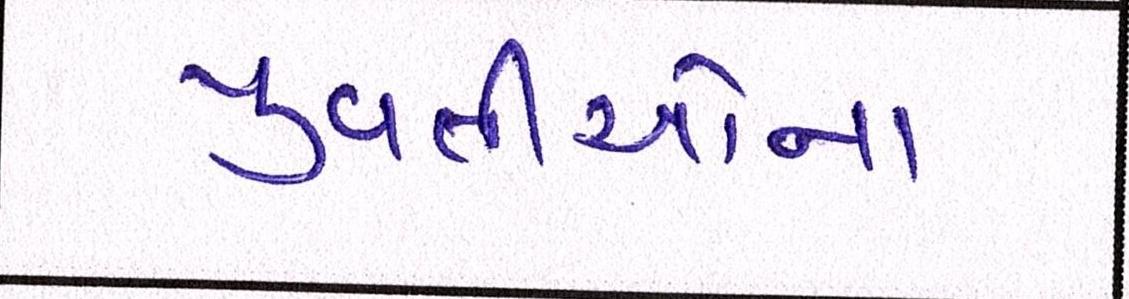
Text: યુવતીઓના